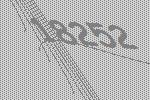
18252